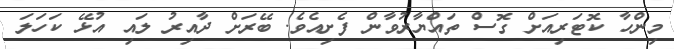
މިންހާ ކޮޓަރިއަށް ގޮސް ތައްޔާރުވާން ފެށިއެވެ. ބޭރަށް ދާއިރު ލައި އުޅޭ ކަހަލަ